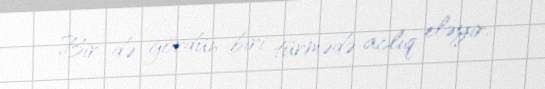
Bir də gördün biri türmədə aclıq eləyir.